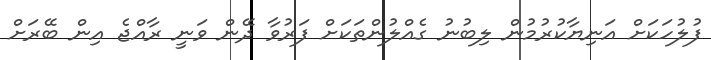
ފުލުހަކަށް އަނިޔާކުރުމުން ލިބުނު ގެއްލުންތަކަށް ފަރުވާ ދޭން ވަނީ ރާއްޖެ އިން ބޭރަށް